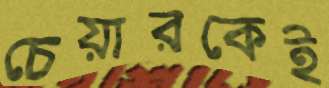
চেয়ারকেই